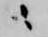
ニ